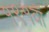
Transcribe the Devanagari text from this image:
१९१वॉ